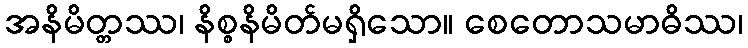
အနိမိတ္တဿ၊ နိစ္စနိမိတ်မရှိသော။ စေတောသမာဓိဿ၊